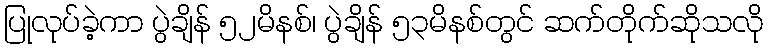
ပြုလုပ်ခဲ့ကာ ပွဲချိန် ၅၂မိနစ်၊ ပွဲချိန် ၅၃မိနစ်တွင် ဆက်တိုက်ဆိုသလို